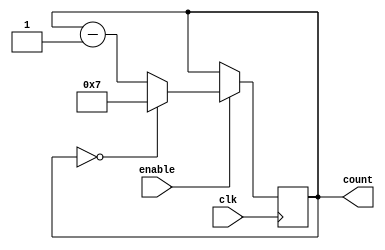
module mod_down_counter(
    input wire clk,
    input wire enable,
    output reg [N-1:0] count
);

parameter N = 8;

always @(posedge clk) begin
    if(enable) begin
        if(count == 0) begin
            count <= N-1;
        end else begin
            count <= count - 1;
        end
    end
end

endmodule